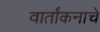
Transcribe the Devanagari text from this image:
वार्तांकनाचे